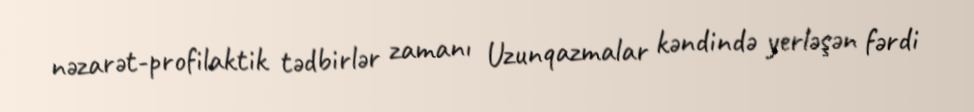
nəzarət-profilaktik tədbirlər zamanı Uzunqazmalar kəndində yerləşən fərdi